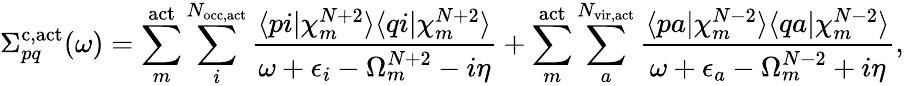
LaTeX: \Sigma_{pq}^{\mathrm{c,act}}(\omega)=\sum_{m}^{\mathrm{act}}\sum_{i}^{N_{\mathrm{occ,act}}}\frac{\langle pi|\chi_{m}^{N+2}\rangle\langle qi|\chi_{m}^{N+2}\rangle}{\omega+\epsilon_{i}-\Omega_{m}^{N+2}-i\eta}+\sum_{m}^{\mathrm{act}}\sum_{a}^{N_{\mathrm{vir,act}}}\frac{\langle pa|\chi_{m}^{N-2}\rangle\langle qa|\chi_{m}^{N-2}\rangle}{\omega+\epsilon_{a}-\Omega_{m}^{N-2}+i\eta},